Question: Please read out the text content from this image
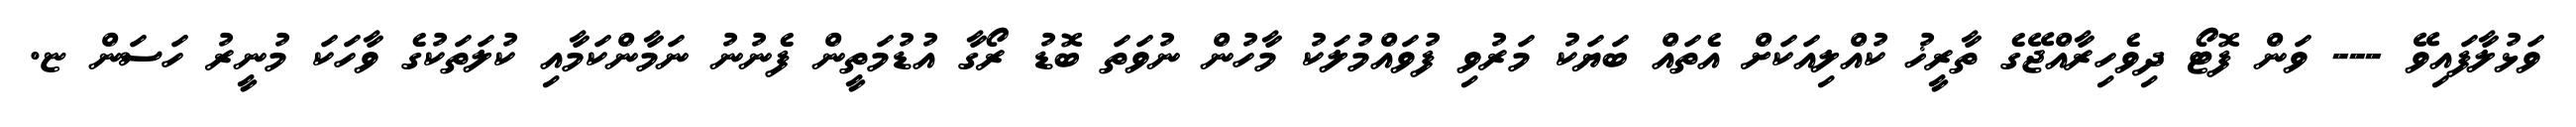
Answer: ވަޅުލާފައިވޭ --- ވަން ފޮޓޯ ދިވެހިރާއްޖޭގެ ތާރީޚު ކުއްލިއަކަށް އެތައް ބަޔަކު މަރުވި ފުވައްމުލަކު މާހުން ނުވަތަ ބޮޑު ރޯގާ އުޑުމަތީން ފެނުނު ނަމާންކަމާއި ކުލަތަކުގެ ވާހަކަ މުނީރު ހަސަން ޏ.